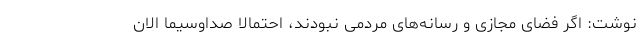
نوشت: اگر فضای مجازی و رسانه‌های مردمی نبودند، احتمالا صداوسیما الان